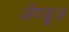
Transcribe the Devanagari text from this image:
ॲण्डूज